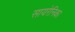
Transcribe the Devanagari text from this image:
सायरेनिका